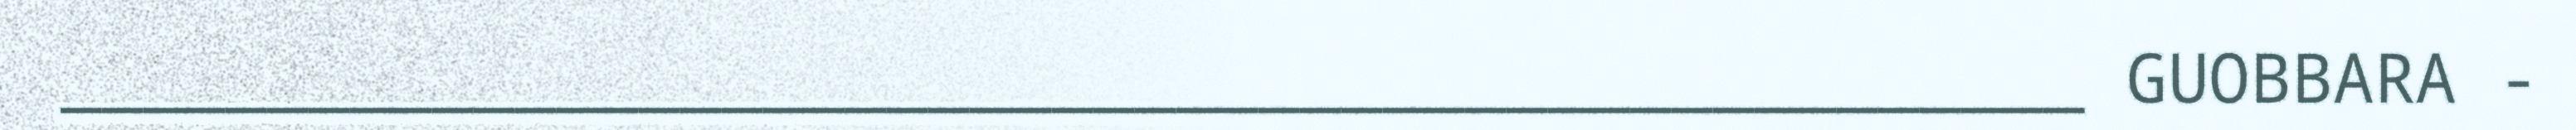
_________________________________________________ GUOBBARA -